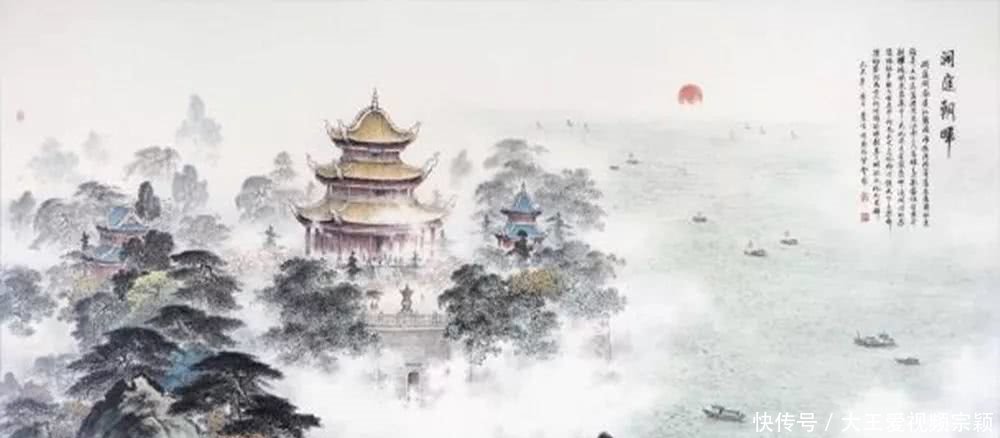
日星隐曜，山岳潜形